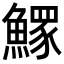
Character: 𩻄